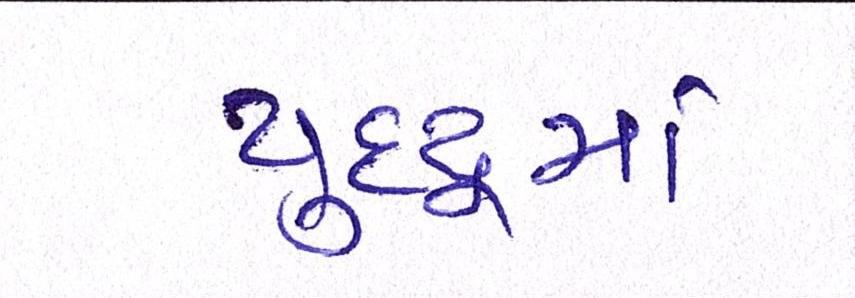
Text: યુદ્ધમાં